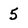
Character: 5